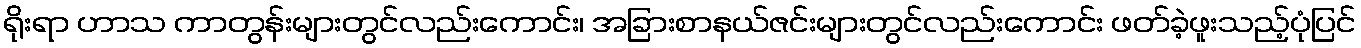
ရိုးရာ ဟာသ ကာတွန်းများတွင်လည်းကောင်း၊ အခြားစာနယ်ဇင်းများတွင်လည်းကောင်း ဖတ်ခဲ့ဖူးသည့်ပုံပြင်